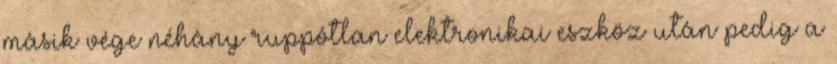
másik vége néhány ruppótlan elektronikai eszköz után pedig a